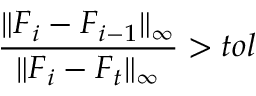
\frac { \lVert \boldsymbol { F } _ { i } - \boldsymbol { F } _ { i - 1 } \rVert _ { \infty } } { \lVert \boldsymbol { F } _ { i } - \boldsymbol { F } _ { t } \rVert _ { \infty } } > t o l